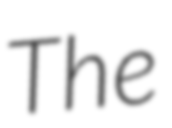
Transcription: The